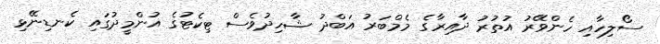
ސޯލިހާއި ހެންވޭރު އުތުރު ދާއިރާގެ މެމްބަރު އަބްދު ޝާހިދުވެސް ޓިކެޓުގެ އުންމީދުގައި ކެނޑިނޭޅި